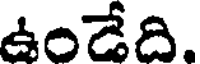
ఉండేది.